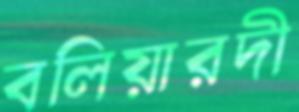
বলিয়ারদী